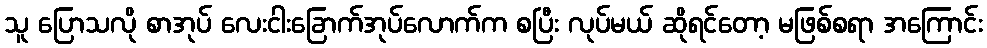
သူ ပြောသလို စာအုပ် လေးငါးခြောက်အုပ်လောက်က စပြီး လုပ်မယ် ဆိုရင်တော့ မဖြစ်စရာ အကြောင်း